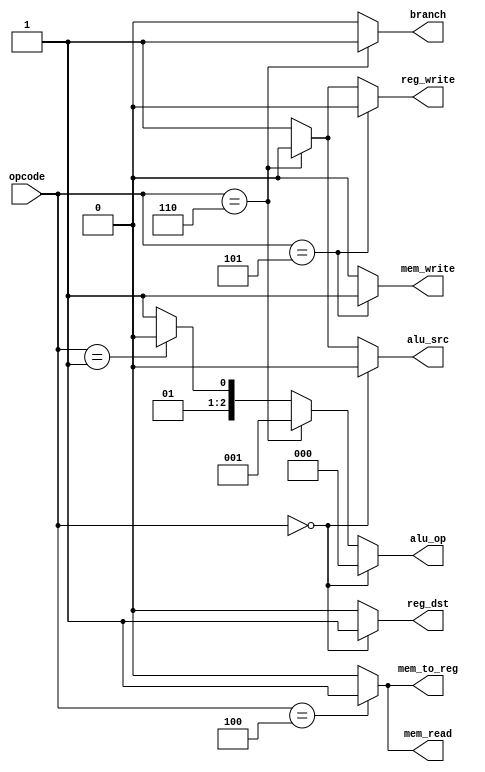
`timescale 1ns / 1ps

module control_unite(
	input [5:0] opcode,
	output reg_dst,
	output alu_src,
	output mem_to_reg,
	output reg_write,
	output mem_read,
	output mem_write,
	output branch,
	output [2:0] alu_op
	);

	assign reg_dst = opcode == 6'b000000 ? 1:0;
	
	assign alu_src = opcode == 6'b000000 ? 0:
						  opcode == 6'b000110 ? 0:1;
	
	assign mem_to_reg = opcode == 6'b000100 ? 1:0;
	
	assign reg_write = opcode == 6'b000101 ? 0:
							  opcode == 6'b000110 ? 0:1;
	
	assign mem_read = opcode == 6'b000100 ? 1:0;
	
	assign mem_write = opcode == 6'b000101 ? 1:0;
	
	assign branch = opcode == 6'b000110 ? 1:0;
	
	assign alu_op = opcode == 6'b000000 ? 3'b000:
						 opcode == 6'b000110 ? 3'b001:
						 opcode == 6'b000001 ? 3'b010:011;

endmodule